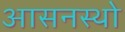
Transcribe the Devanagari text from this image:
आसनस्थो